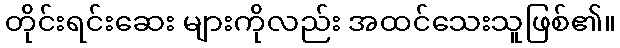
တိုင်းရင်းဆေး များကိုလည်း အထင်သေးသူဖြစ်၏။